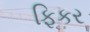
ફિકર